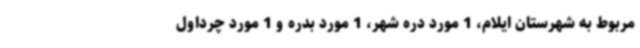
مربوط به شهرستان ایلام، 1 مورد دره شهر، 1 مورد بدره و 1 مورد چرداول